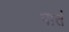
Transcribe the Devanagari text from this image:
पार्त